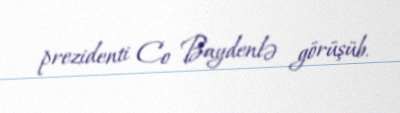
prezidenti Co Baydenlə görüşüb.